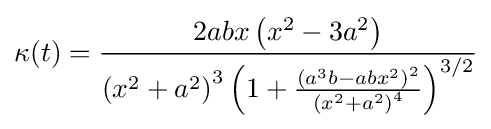
\kappa (t)={\frac {2abx\left(x^{2}-3a^{2}\right)}{\left(x^{2}+a^{2}\right)^{3}\left(1+{\frac {\left(a^{3}b-abx^{2}\right)^{2}}{\left(x^{2}+a^{2}\right)^{4}}}\right)^{3/2}}}